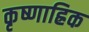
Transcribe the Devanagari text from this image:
कृष्णाह्रिक